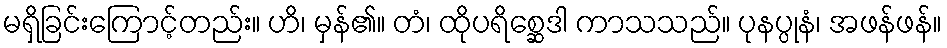
မရှိခြင်းကြောင့်တည်း။ ဟိ၊ မှန်၏။ တံ၊ ထိုပရိစ္ဆေဒါ ကာသသည်။ ပုနပ္ပုနံ၊ အဖန်ဖန်။